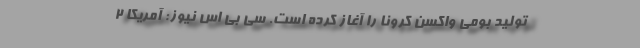
تولید بومی واکسن کرونا را آغاز کرده است. سی بی اس نیوز: آمریکا 2